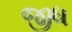
જીધ